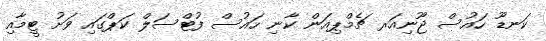
ކަނޑޫ ހައުސް ޖޫނިއަރ ޗެމްޕިއަން ކާނި ހައުސް ފުޓްސަލް ކަޕްގައި ވަށު ޓީމާއި